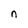
Character: n